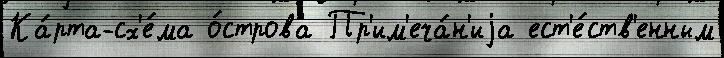
Ка́рта-сх'е́ма о́строва Пр'им'еча́н'иjа ест'е́ств'енным